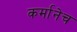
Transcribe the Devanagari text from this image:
कर्मानेच